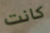
كانت